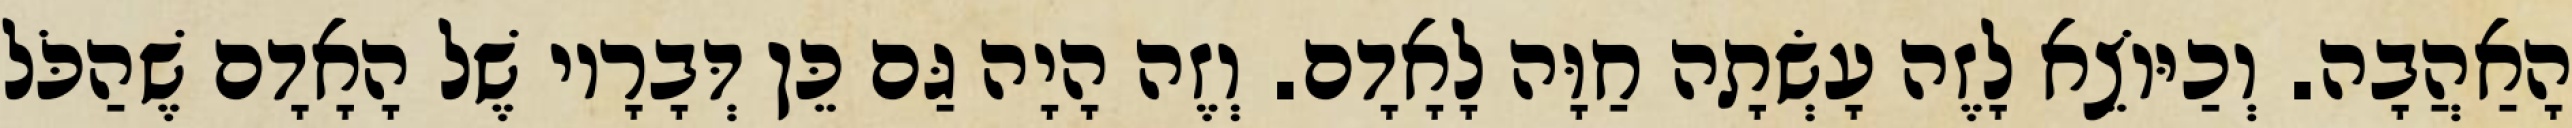
הָאַהֲבָה. וְכַיּוֹצֵא לָזֶה עָשְׂתָה חַוָּה לָאָדָם. וְזֶה הָיָה גַּם כֵּן דְּבָרָיו שֶׁל הָאָדָם שֶׁהַכֹּל